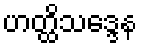
ဟတ္ထိသဒ္ဒေန